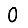
Digit: 0